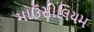
માઉસોલિયમ